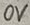
Text: 0V